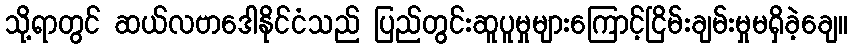
သို့ရာတွင် ဆယ်လဗာဒေါနိုင်ငံသည် ပြည်တွင်းဆူပူမှုများကြောင့်ငြိမ်းချမ်းမှုမရှိခဲ့ချေ။